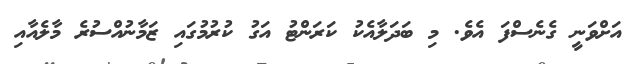
އަށްވަނީ ގެނެސްފަ އެވެ. މި ބަދަލާއެކު ކަރަންޓު އަގު ކުރުމުގައި ޒަމާނުއްސުރެ މާލެއާއި